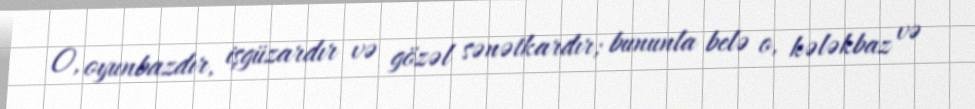
O, oyunbazdır, işgüzardır və gözəl sənətkardır; bununla belə o, kələkbaz və